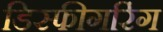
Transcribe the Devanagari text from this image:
डिस्फीगरिंग